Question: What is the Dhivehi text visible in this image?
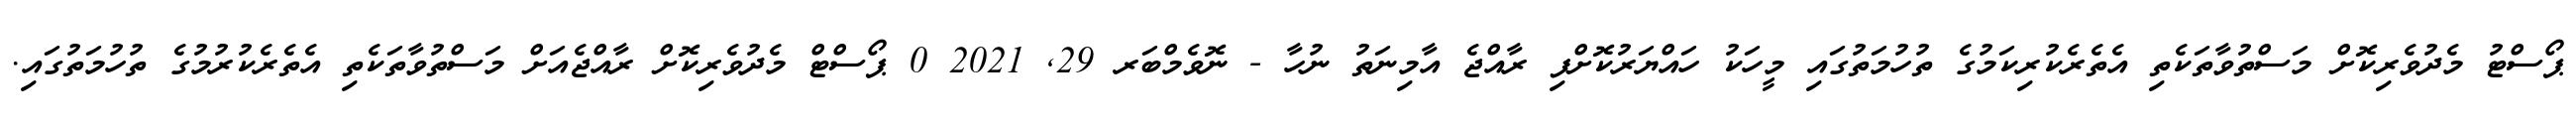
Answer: ޕޯސްޓު މެދުވެރިކޮށް މަސްތުވާތަކެތި އެތެރެކުރިކަމުގެ ތުހުމަތުގައި މީހަކު ހައްޔަރުކޮށްފި ރާއްޖެ އާމިނަތު ނުހާ - ނޮވެމްބަރ 29, 2021 0 ޕޯސްޓް މެދުވެރިކޮށް ރާއްޖެއަށް މަސްތުވާތަކެތި އެތެރެކުރުމުގެ ތުހުމަތުގައި.